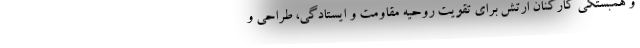
و همبستگی کارکنان ارتش برای تقویت روحیه مقاومت و ایستادگی، طراحی و